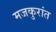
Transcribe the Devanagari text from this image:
मजकुरांत